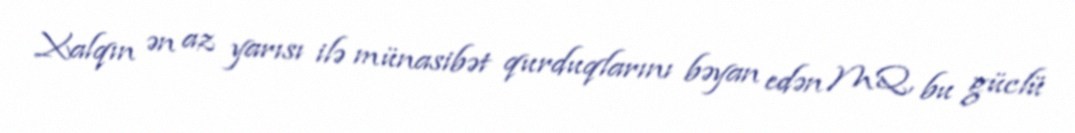
Xalqın ən az yarısı ilə münasibət qurduqlarını bəyan edən MQ, bu güclü